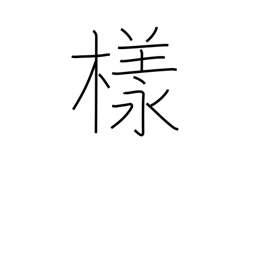
Meaning: Esq.